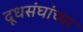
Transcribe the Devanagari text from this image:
दूधसंघांच्या